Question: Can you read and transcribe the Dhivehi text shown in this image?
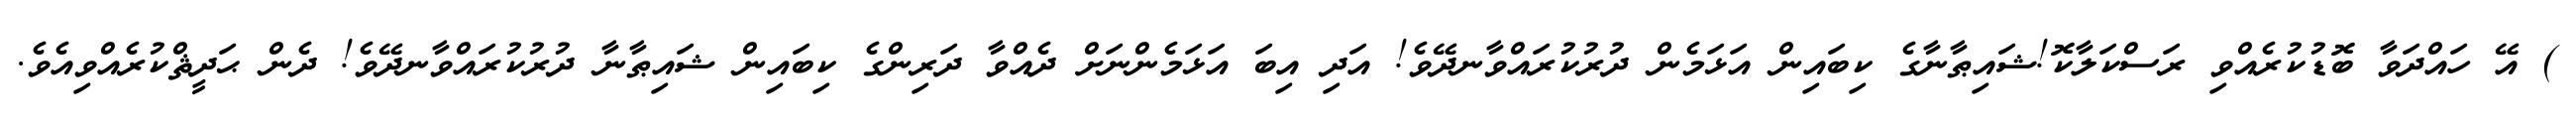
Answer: ) އޭ ހައްދަވާ ބޮޑުކުރެއްވި ރަސްކަލާކޮ!ޝައިޠާނާގެ ކިބައިން އަޅަމެން ދުރުކުރައްވާނދޭވެ! އަދި އިބަ އަޅަމެންނަށް ދެއްވާ ދަރިންގެ ކިބައިން ޝައިޠާނާ ދުރުކުރައްވާނދޭވެ! ދެން ޙަދީޘްކުރެއްވިއެވެ.